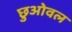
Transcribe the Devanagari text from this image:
छुओवल